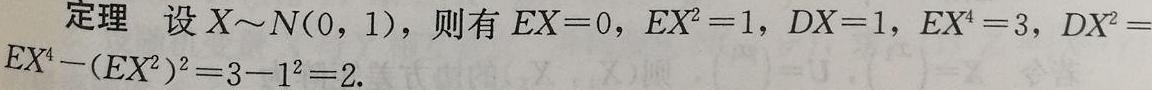
定理 设$X\sim N(0,1)$，则有$EX = 0$，$EX^{2}=1$，$DX = 1$，$EX^{4}=3$，$DX^{2}=EX^{4}-(EX^{2})^{2}=3 - 1^{2}=2$.